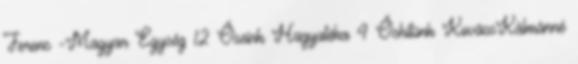
Ferenc -Magyar Egység 12 Őseink Hagyatéka 4 Őshitünk KovácsKálmánné